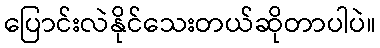
ပြောင်းလဲနိုင်သေးတယ်ဆိုတာပါပဲ။